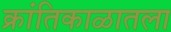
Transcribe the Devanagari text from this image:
क्रांतिकाळातला